Indian journal of veterinary science and animal husbandry - Volumes 18-21, 1948-1951
Year: 1948
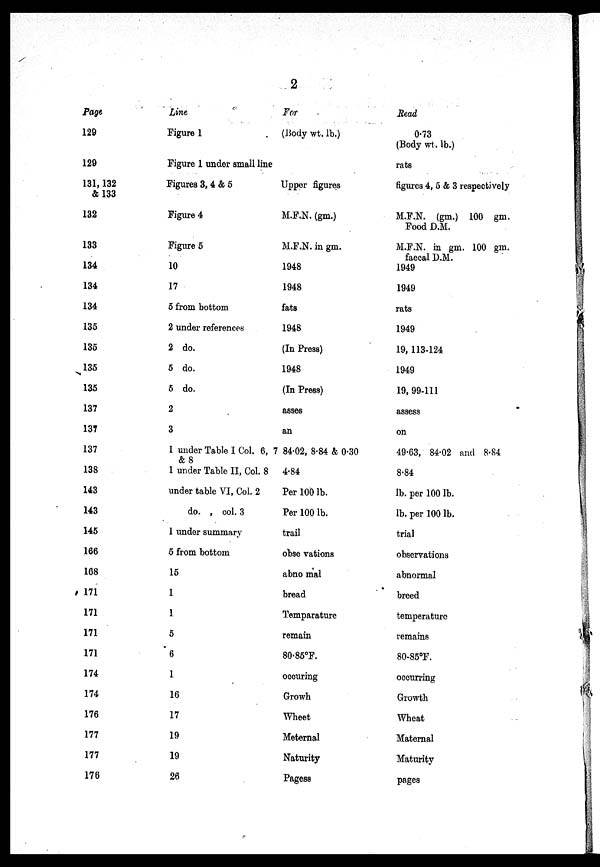
2
Page
129
129
131,132
& 133
132
133
134
134
134
135
135
135
135
137
137
137
138
143
143
145
166
168
171
171
171
171
174
174
176
177
177
176
Line
Figure 1
Figure 1 under small line
Figures 3, 4 & 5
Figure 4
Figure 5
10
17
5 from bottom
2 under references
2 do.
5 do.
5 do.
2
3
1 under Table I Col. 6,
& 8
1 under Table II, Col. 8
under table VI, Col. 2
do.
col. 3
1 under summary
5 from bottom
15
1
1
5
6
1
16
17
19
19
26
For
(Body wt. lb.)
Upper figures
M.F.N. (gm.)
M.F.N. in gm.
1948
1948
fats
1948
(In Press)
1948
(In Press)
asses
an
7 84.02, 8.84 & 0.30
4.84
Per 100 lb.
Per 100 lb.
trail
observations
abnormal
bread
Temparature
remain
80.85ºF.
ocouring
Growh
Wheet
Meternal
Naturity
Pagess
Read
0.73
(Body wt, lb.)
rats
figures 4, 5 & 3 respectively
M.F.N. (gm.) 100 gm.
Food DM.
M.F.N. in gm. 100 gm.
faecal D.M.
1949
1949
rats
1949
19, 113-124
1949
19, 99-111
assess
on
49.63, 84.02 and 8.84
8.84
lb. per 100 lb.
lb. per 100 lb.
trial
observations
abnormal
breed
temperature
remains
80.85ºF.
occurring
Growth
Wheat
Maternal
Maturity
pages